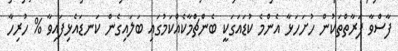
ފާސްވާ ފަރާތްތަކުން ހުށަހަޅާ އެންމެ ކުޑައަގަކީ ބެންޗްމާކެއްކަމުގައި ބަލައިގެން ކަނޑައެޅިފައިވާ % ހުރިހާ